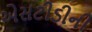
એસટીડીની